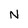
Character: N